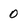
Character: 0